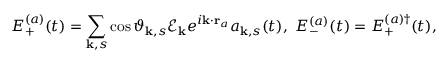
E _ { + } ^ { ( a ) } ( t ) = \sum _ { \mathbf { k } , s } \cos { \vartheta _ { \mathbf { k } , s } } \mathscr { E } _ { \mathbf { k } } e ^ { i \mathbf { k } \cdot \mathbf { r } _ { a } } a _ { \mathbf { k } , s } ( t ) , ~ E _ { - } ^ { ( a ) } ( t ) = { E _ { + } ^ { ( a ) \dagger } ( t ) } ,